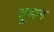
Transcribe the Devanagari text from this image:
त्रुमन